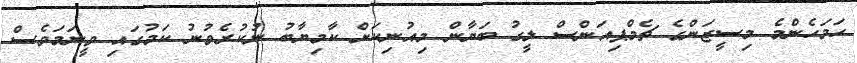
ހަމަހެންމެ މިސީޒަންގެ ޗެމްޕިއަންސް ލީގު ބަޔާން މިއުނިކަށް ކާމިޔާބު ނުކުރެވުނު ކަމުގައި ވީނަމަވެސް